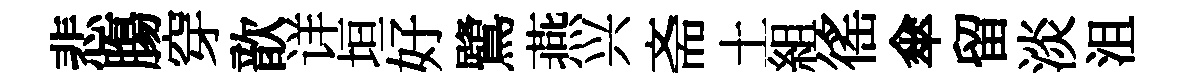
悲膓穿歆详垣好鷺燕兴斋土組徭傘留淡沮